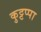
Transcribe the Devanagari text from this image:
कुट्टप्पा